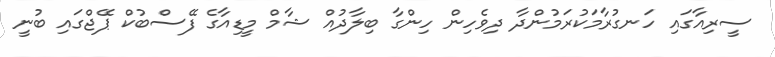
ސީރިއާގައި ހަނގުރާމަކުރަމުންދާ ދިވެހިން ހިންގާ ބިލާދުއް ޝާމް މީޑިއާގެ ފޭސްބުކް ޕޭޖްގައި ބުނީ